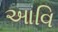
આવિ